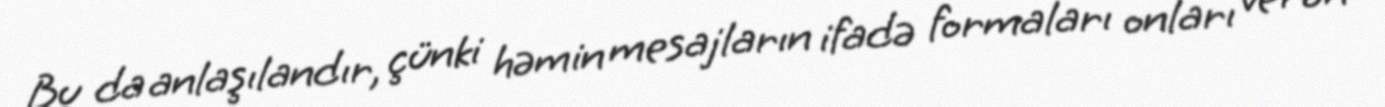
Bu da anlaşılandır, çünki həmin mesajların ifadə formaları onları verən